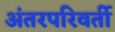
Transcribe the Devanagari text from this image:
अंतरपरिवर्ती